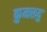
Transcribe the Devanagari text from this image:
कुमरुदु